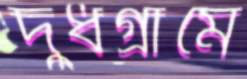
দুধগ্রামে